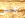
كاحل